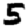
Digit: 5